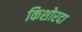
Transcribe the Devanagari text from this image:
किशोरदा